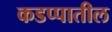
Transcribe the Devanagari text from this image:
कडप्पातील